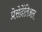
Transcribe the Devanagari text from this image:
प्रेसेदेंतिअल